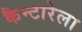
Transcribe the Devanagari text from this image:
कैन्टारेला